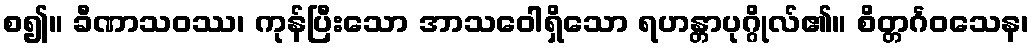
စ၍။ ခီဏာသဝဿ၊ ကုန်ပြီးသော အာသဝေါရှိသော ရဟန္တာပုဂ္ဂိုလ်၏။ စိတ္တင်္ဂဝသေန၊